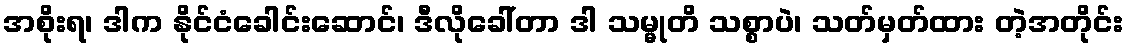
အစိုးရ၊ ဒါက နိုင်ငံခေါင်းဆောင်၊ ဒီလိုခေါ်တာ ဒါ သမ္မုတိ သစ္စာပဲ၊ သတ်မှတ်ထား တဲ့အတိုင်း